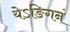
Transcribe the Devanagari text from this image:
येऽङिगनं